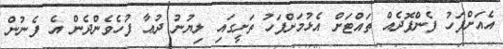
އެއަށްފަހު ފެންފޮދެއް ތައްޓަށް އެޅުމަށްފަހު ތަށީގައި ލިޔުނު ދުޢާ ފުހެވެންދެން އެ ފެނުން